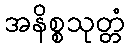
အနိစ္စသုတ္တံ